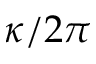
\kappa / 2 \pi